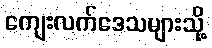
ကျေးလက်ဒေသများသို့